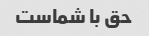
حق با شماست